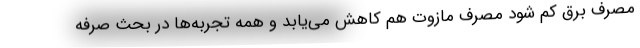
مصرف برق کم شود مصرف مازوت هم کاهش می‌یابد و همه تجربه‌ها در بحث صرفه